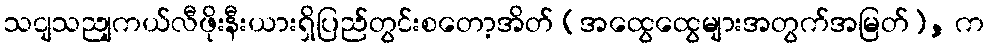
သငျသညျကယ်လီဖိုးနီးယားရှိပြည်တွင်းစတော့အိတ် (အထွေထွေများအတွက်အမြတ်), က